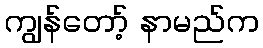
ကျွန်တော့် နာမည်က